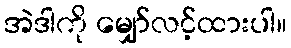
အဲဒါကို မျှော်လင့်ထားပါ။